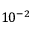
1 0 ^ { - 2 }